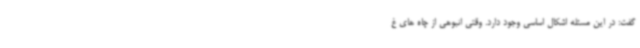
گفت: در این مسئله اشکال اساسی وجود دارد. وقتی انبوهی از چاه های غ